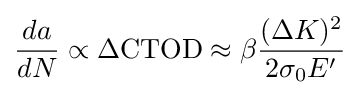
{da \over dN}\propto \Delta {\text{CTOD}}\approx \beta {(\Delta K)^{2} \over {2\sigma _{0}E'}}